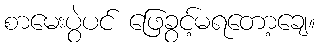
စာမေးပွဲပင် ဖြေခွင့်မရတော့ချေ။